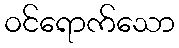
ဝင်ရောက်သော